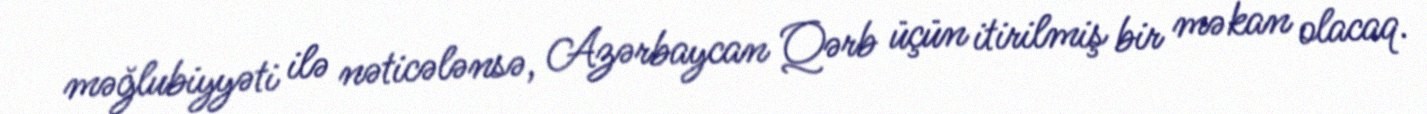
məğlubiyyəti ilə nəticələnsə, Azərbaycan Qərb üçün itirilmiş bir məkan olacaq.